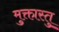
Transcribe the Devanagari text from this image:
मुक्तास्तु